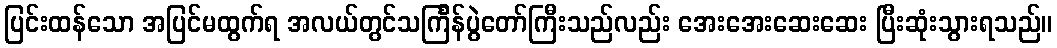
ပြင်းထန်သော အပြင်မထွက်ရ အလယ်တွင်သင်္ကြန်ပွဲတော်ကြီးသည်လည်း အေးအေးဆေးဆေး ပြီးဆုံးသွားရသည်။